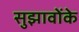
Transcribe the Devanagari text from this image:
सुझावोंके